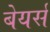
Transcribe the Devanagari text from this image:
बेयर्स